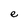
Character: e